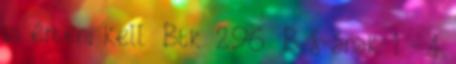
is érteni kell Btk. 296 B §-ának 1 - 4